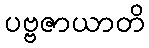
ပဗ္ဗဇာယာတိ